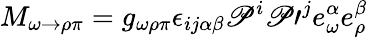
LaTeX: M_{\omega\rightarrow\rho\pi}=g_{\omega\rho\pi}{\epsilon}_{ij\alpha\beta}\mathscr{P}^{i}\mathscr{P}\prime^{j}e_{\omega}^{\alpha}e_{\rho}^{\beta}